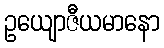
ဥယျောဇီယမာနော